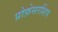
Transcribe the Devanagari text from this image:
प्रोफ़ेसरशिप